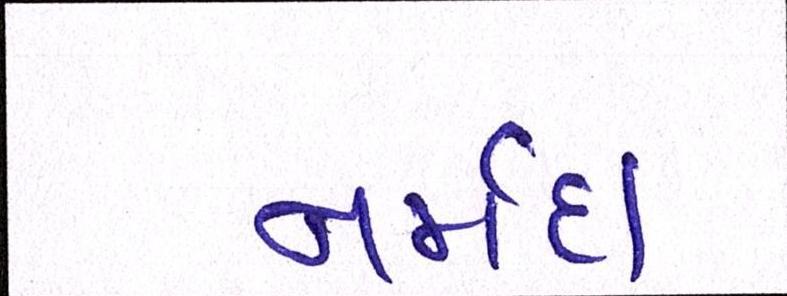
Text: નર્મદા